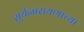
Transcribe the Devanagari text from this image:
सूर्यनारायणाच्या